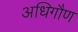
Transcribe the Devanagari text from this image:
अधिगौण